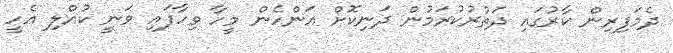
ދެމަފިރިން ކާރުގައި ދަތުރުކުރަމުން ދަނިކޮށް އަންހެން މީހާ ވިހާފައި ވަނީ ކުއްލި އެހީ